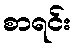
စာရင်း